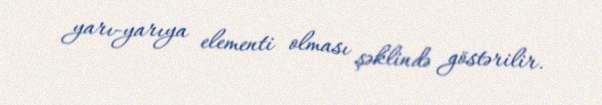
yarı-yarıya elementi olması şəklində göstərilir.